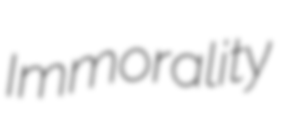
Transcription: Immorality